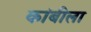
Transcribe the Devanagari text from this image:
कांबीला